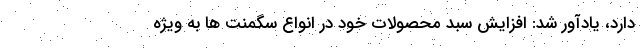
دارد، يادآور شد: افزایش سبد محصولات خود در انواع سگمنت ها به ویژه